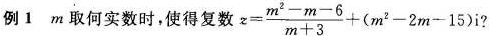
例1 m取何实数时，使得复数 $$z= \frac{m^{2}-m-6}{m+3}+(m^{2}-2m-15)i$$